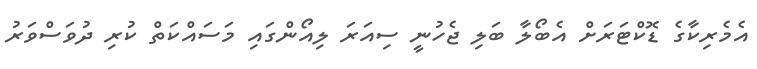
އެމެރިކާގެ ޑޮކްޓަރަށް އެބޯލާ ބަލި ޖެހުނީ ސިއަރަ ލިއޯންގައި މަސައްކަތް ކުރި ދުވަސްވަރު